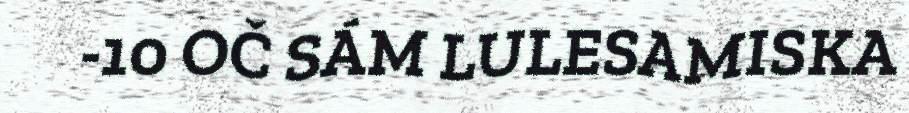
-10 OČ SÁM LULESAMISKA